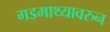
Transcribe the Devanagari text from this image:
गडमाथ्यावरुन